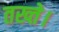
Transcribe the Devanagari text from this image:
तख्ते।